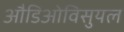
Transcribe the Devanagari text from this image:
औडिओविसुयल